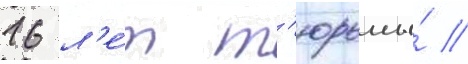
16 л'е́т т'юрьмы́ //